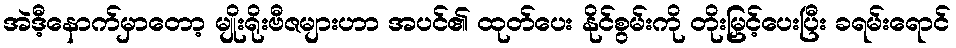
အဲဒီ့နောက်မှာတော့ မျိုးရိုးဗီဇများဟာ အပင်၏ ထုတ်ပေး နိုင်စွမ်းကို တိုးမြှင့်ပေးပြီး ခရမ်းရောင်